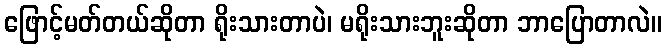
ဖြောင့်မတ်တယ်ဆိုတာ ရိုးသားတာပဲ၊ မရိုးသားဘူးဆိုတာ ဘာပြောတာလဲ။